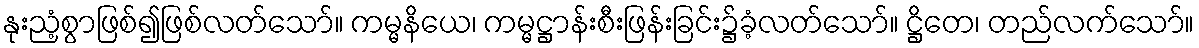
နုးညံ့စွာဖြစ်၍ဖြစ်လတ်သော်။ ကမ္မနိယေ၊ ကမ္မဋ္ဌာန်းစီးဖြန်းခြင်း၌ခံ့လတ်သော်။ ဋ္ဌိတေ၊ တည်လက်သော်။